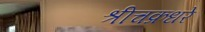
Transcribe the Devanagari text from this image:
श्रीचक्रधरे